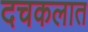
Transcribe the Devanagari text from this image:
दचकलात